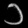
Digit: ၁